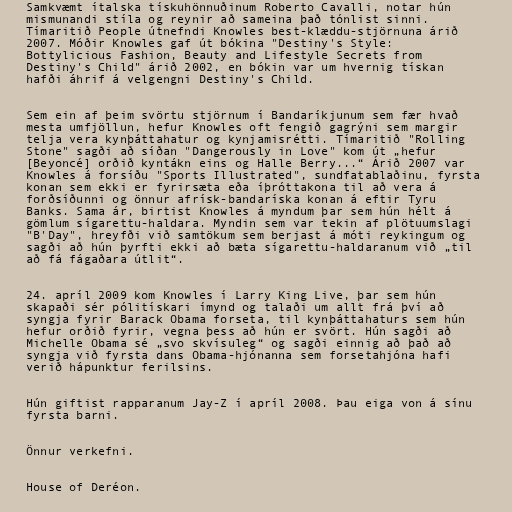
Samkvæmt ítalska tískuhönnuðinum Roberto Cavalli, notar hún
mismunandi stíla og reynir að sameina það tónlist sinni.
Tímaritið People útnefndi Knowles best-klæddu-stjörnuna árið
2007. Móðir Knowles gaf út bókina "Destiny's Style:
Bottylicious Fashion, Beauty and Lifestyle Secrets from
Destiny's Child" árið 2002, en bókin var um hvernig tískan
hafði áhrif á velgengni Destiny's Child.

Sem ein af þeim svörtu stjörnum í Bandaríkjunum sem fær hvað
mesta umfjöllun, hefur Knowles oft fengið gagrýni sem margir
telja vera kynþáttahatur og kynjamisrétti. Tímaritið "Rolling
Stone" sagði að síðan "Dangerously in Love" kom út „hefur
[Beyoncé] orðið kyntákn eins og Halle Berry...“ Árið 2007 var
Knowles á forsíðu "Sports Illustrated", sundfatablaðinu, fyrsta
konan sem ekki er fyrirsæta eða íþróttakona til að vera á
forðsíðunni og önnur afrísk-bandaríska konan á eftir Tyru
Banks. Sama ár, birtist Knowles á myndum þar sem hún hélt á
gömlum sígarettu-haldara. Myndin sem var tekin af plötuumslagi
"B'Day", hreyfði við samtökum sem berjast á móti reykingum og
sagði að hún þyrfti ekki að bæta sígarettu-haldaranum við „til
að fá fágaðara útlit“.

24. apríl 2009 kom Knowles í Larry King Live, þar sem hún
skapaði sér pólitískari ímynd og talaði um allt frá því að
syngja fyrir Barack Obama forseta, til kynþáttahaturs sem hún
hefur orðið fyrir, vegna þess að hún er svört. Hún sagði að
Michelle Obama sé „svo skvísuleg“ og sagði einnig að það að
syngja við fyrsta dans Obama-hjónanna sem forsetahjóna hafi
verið hápunktur ferilsins.

Hún giftist rapparanum Jay-Z í apríl 2008. Þau eiga von á sínu
fyrsta barni.

Önnur verkefni.

House of Deréon.